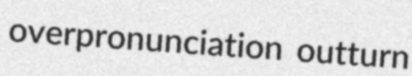
overpronunciation outturn